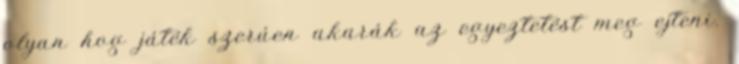
olyan hog játék szerúen akarák az egyeztetést meg ejteni.